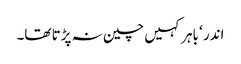
اندر ‘ باہر کہیں چین نہ پڑتا تھا۔